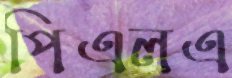
পিএলএ